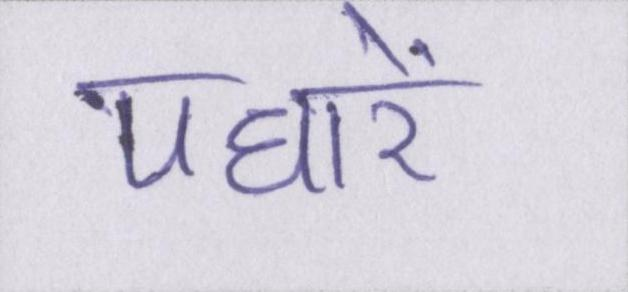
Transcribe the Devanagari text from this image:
पधारें